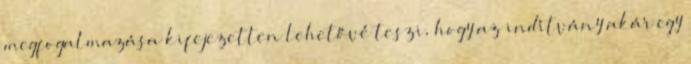
megfogalmazása kifejezetten lehetővé teszi, hogy az indítvány akár egy